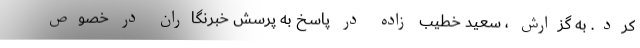
کرد. به گزارش ، سعید خطیب زاده در پاسخ به پرسش خبرنگاران در خصوص